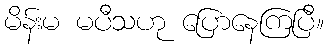
မိန်းမ မပီသဟု ပြောနေကြပြီ။